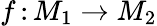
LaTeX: f\, \colon M_{1}\to M_{2}